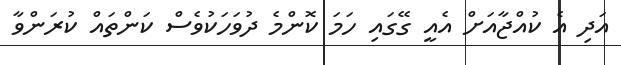
އަދި އެ ކުއްޖާއަށް އެއީ ގޭގައި ހަމަ ކޮންމެ ދުވަހަކުވެސް ކަންތައް ކުރަންވާ